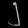
Digit: ၂